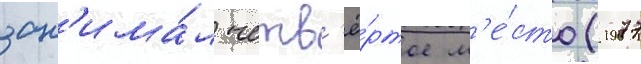
зан'има́л четв'ё́ртое м'е́сто (1977